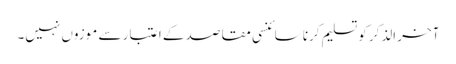
آخر الذکر کو تسلیم کرنا سائنسی مقاصد کے اعتبار سے موزوں نہیں۔